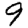
Digit: 9